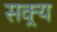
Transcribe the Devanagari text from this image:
सक्र्य